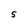
Character: 5